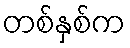
တစ်နှစ်က